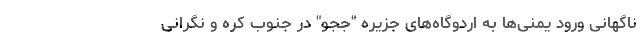
ناگهانی ورود یمنی‌ها به اردوگاه‌های جزیره "ججو" در جنوب کره و نگرانی